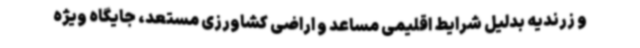
و زرندیه بدلیل شرایط اقلیمی مساعد و اراضی کشاورزی مستعد، جایگاه ویژه